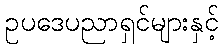
ဥပဒေပညာရှင်များနှင့်